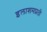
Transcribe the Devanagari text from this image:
इलाशमप्रती